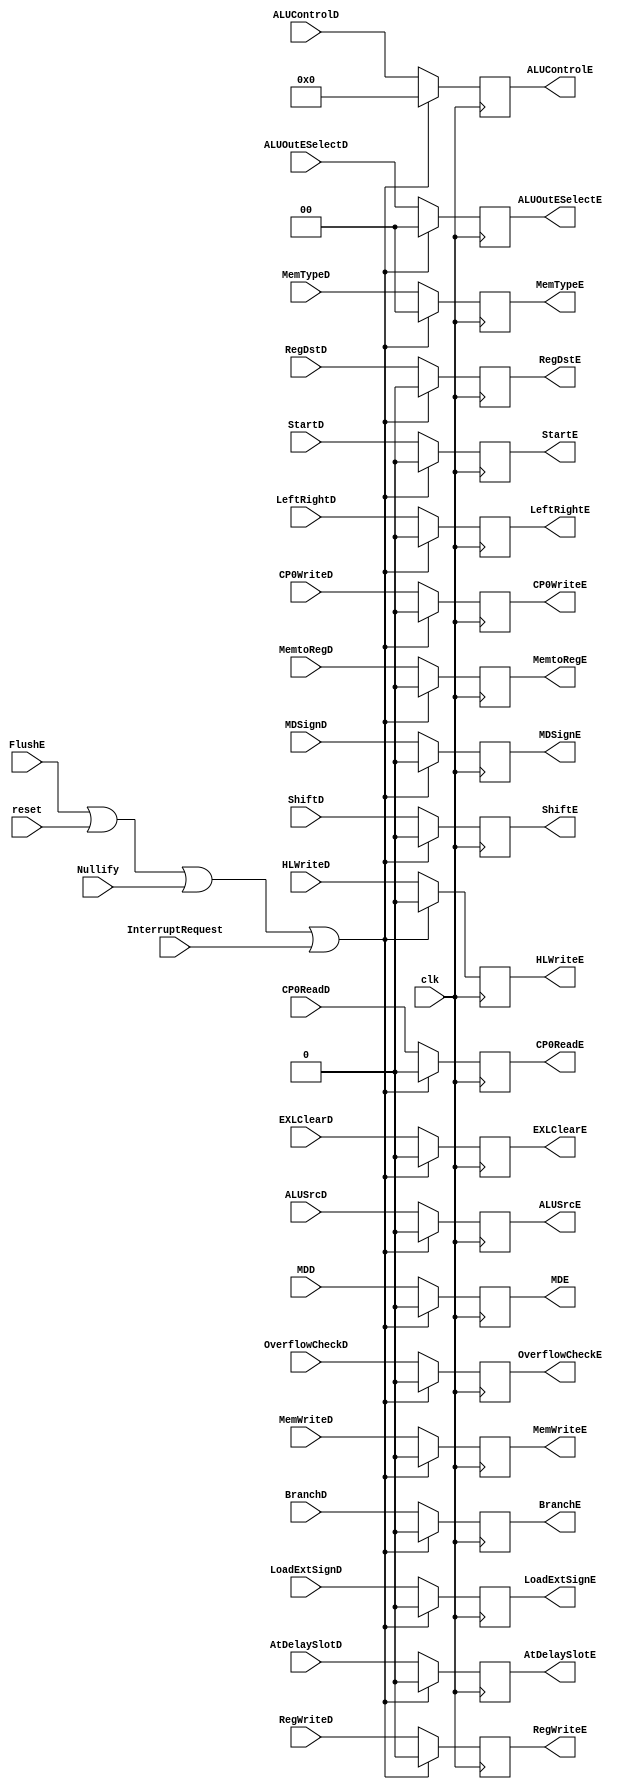
`timescale 1ns / 1ps
//////////////////////////////////////////////////////////////////////////////////
// Company: 
// Engineer: 
// 
// Design Name: 
// Module Name:    IDEXControlCarrier 
// Project Name: 
// Target Devices: 
// Tool versions: 
// Description: 
//
// Dependencies: 
//
// Revision: 
// Revision 0.01 - File Created
// Additional Comments: 
//
//////////////////////////////////////////////////////////////////////////////////
module IDEXControlCarrier(
	 input InterruptRequest,
	 input clk,
	 input reset,
	 input FlushE,
	 input Nullify,
    input RegWriteD,
    input MemtoRegD,
    input MemWriteD,
    input [3:0] ALUControlD,
    input ALUSrcD,
    input RegDstD,
	 input BranchD,
	 input ShiftD,
	 input [1:0] MemTypeD,
	 input LoadExtSignD,
	 input LeftRightD,
	 //overflow
	 input OverflowCheckD,
	 //md
	 input StartD,
	 input MDSignD,
	 input MDD,
	 input [1:0] ALUOutESelectD,
	 input HLWriteD,
	 //cp0
	 input CP0ReadD,
	 input CP0WriteD,
	 input EXLClearD,
	 input AtDelaySlotD,
    output reg RegWriteE = 0,
    output reg MemtoRegE = 0,
    output reg MemWriteE = 0,
    output reg [3:0] ALUControlE = 0,
    output reg ALUSrcE = 0,
    output reg RegDstE = 0,
	 output reg BranchE = 0,
	 output reg ShiftE = 0,
	 output reg [1:0] MemTypeE = 0,
	 output reg LoadExtSignE = 0,
	 output reg LeftRightE = 0,
	 //overflow
	 output reg OverflowCheckE = 0,
	 //md
	 output reg StartE = 0,
	 output reg MDSignE = 0,
	 output reg MDE = 0,
	 output reg [1:0] ALUOutESelectE = 0,
	 output reg HLWriteE = 0,
	 //cp0
	 output reg CP0ReadE = 0,
	 output reg CP0WriteE = 0,
	 output reg EXLClearE = 0,
	 output reg AtDelaySlotE = 0
    );
	always @(posedge clk) begin
		if (FlushE || reset || Nullify || InterruptRequest) begin
			LeftRightE <= 0;
			LoadExtSignE <= 0;
			MemTypeE <= 0;
			RegWriteE <= 0;
			MemtoRegE <= 0;
			MemWriteE <= 0;
			ALUControlE <= 0;
			ALUSrcE <= 0;
			RegDstE <= 0;
			BranchE <= 0;
			ShiftE <= 0;
			
			StartE <= 0;
			MDSignE <= 0;
			MDE <= 0;
			ALUOutESelectE <= 0;
			HLWriteE <= 0;
			
			OverflowCheckE <= 0;
			
			CP0ReadE <= 0;
			CP0WriteE <= 0;
			EXLClearE <= 0;
			AtDelaySlotE <= 0;
		end
		else begin
			LeftRightE <= LeftRightD;
			LoadExtSignE <= LoadExtSignD;
			MemTypeE <= MemTypeD;
			RegWriteE <= RegWriteD;
			MemtoRegE <= MemtoRegD;
			MemWriteE <= MemWriteD;
			ALUControlE <= ALUControlD;
			ALUSrcE <= ALUSrcD;
			RegDstE <= RegDstD;
			BranchE <= BranchD;
			ShiftE <= ShiftD;
			
			StartE <= StartD;
			MDSignE <= MDSignD;
			MDE <= MDD;
			ALUOutESelectE <= ALUOutESelectD;
			HLWriteE <= HLWriteD;
			
			OverflowCheckE <= OverflowCheckD;
			
			CP0ReadE <= CP0ReadD;
			CP0WriteE <= CP0WriteD;
			EXLClearE <= EXLClearD;
			AtDelaySlotE <= AtDelaySlotD;
		end 
 	end

endmodule